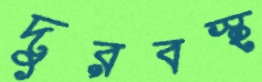
দুরবস্হ